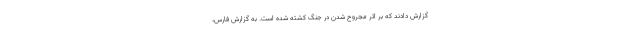
گزارش دادند که بر اثر مجروح شدن در جنگ کشته شده است. به گزارش فارس،